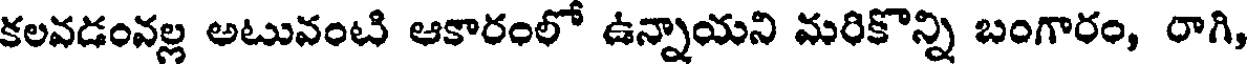
కలవడంవల్ల అటువంటి ఆకారంలో ఉన్నాయని మరికొన్ని బంగారం, రాగి,